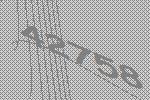
42758